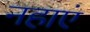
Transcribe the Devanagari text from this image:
नहाएं